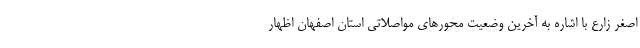
اصغر زارع با اشاره به آخرین وضعیت محورهای مواصلاتی استان اصفهان اظهار